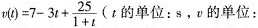
$$v(t)=7-3t+ \frac{25}{1+t}$$ (t的单位：s.v的单位：